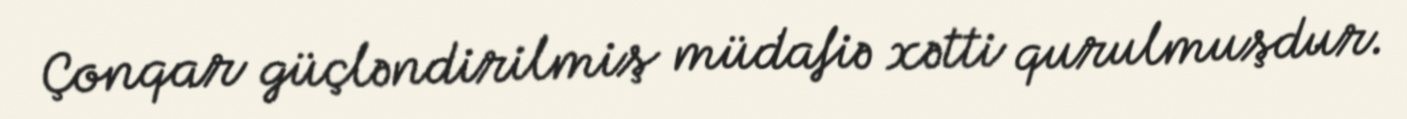
Çonqar güçləndirilmiş müdafiə xətti qurulmuşdur.